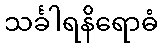
သင်္ခါရနိရောဓံ